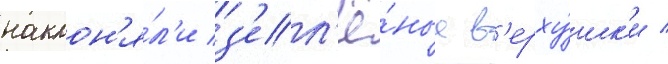
наклон'я́л'и з'ел'ё́ные в'ерху́шк'и /